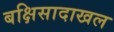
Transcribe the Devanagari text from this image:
बक्षिसादाखल